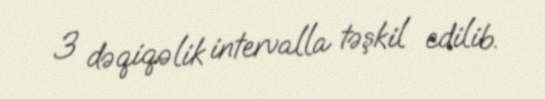
3 dəqiqəlik intervalla təşkil edilib.